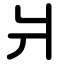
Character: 爿